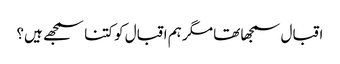
اقبال سمجھا تھا مگر ہم اقبال کو کتنا سمجھے ہیں؟